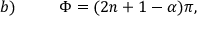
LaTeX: b ) \, \, \, \, \, \, \, \, \, \, \, \, \, \, \, \, \Phi = ( 2 n + 1 - \alpha ) \pi ,